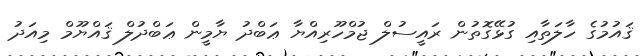
ޤައުމުގެ ހާލަތާއި ގުޅޭގޮތުން ރައީސުލް ޖުމްހޫރިއްޔާ ޢަބްދު ޔާމީން ޢަބްދުލް ޤައްޔޫމް މިއަދު